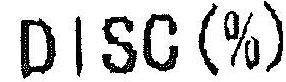
DISC(%)